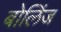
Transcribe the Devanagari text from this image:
बोलिंज